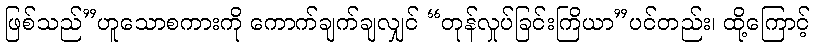
ဖြစ်သည်”ဟူသောစကားကို ကောက်ချက်ချလျှင် “တုန်လှုပ်ခြင်းကြိယာ”ပင်တည်း၊ ထို့ကြောင့်